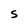
Character: S